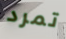
تمرد